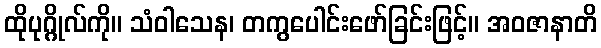
ထိုပုဂ္ဂိုလ်ကို။ သံဝါသေန၊ တကွပေါင်းဖော်ခြင်းဖြင့်။ အဝဇာနာတိ